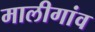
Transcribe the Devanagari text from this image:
मालीगांव